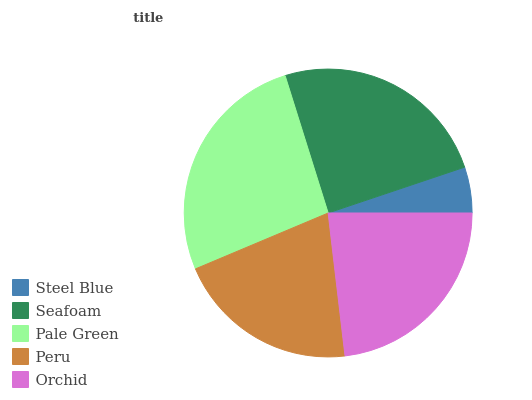
| Steel Blue | Seafoam | Pale Green | Peru | Orchid |
 | --- | --- | --- | --- | --- |
 | 5.16% | 24.7% | 26.6% | 20.5% | 23.1% |